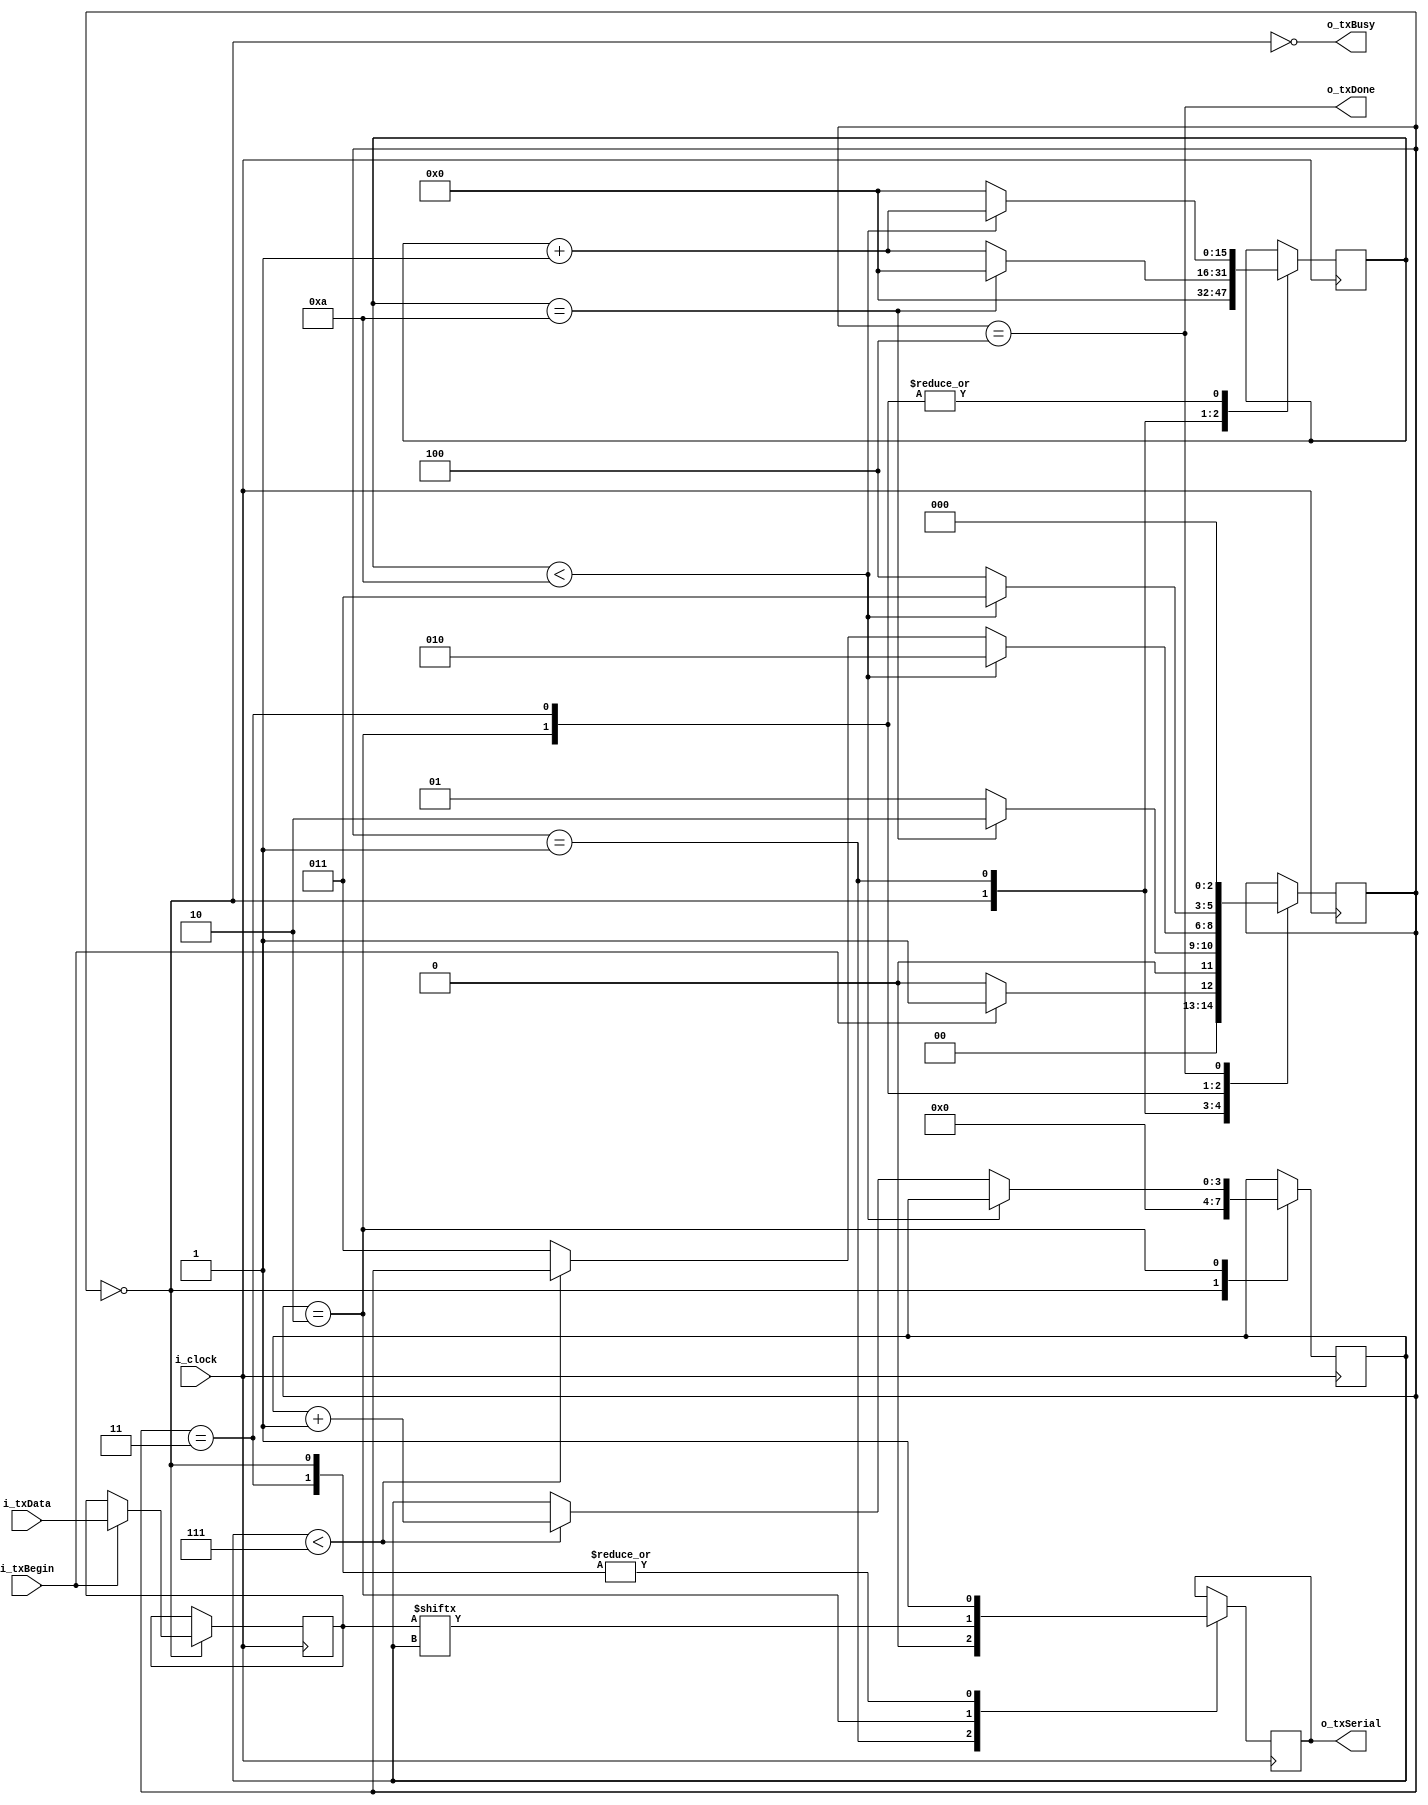
module uart_tx
(
	input			i_clock,
	input 			i_txBegin,
	input[7:0]		i_txData,
	output 			o_txBusy,
	output reg		o_txSerial,
	output 			o_txDone
);

parameter 		CLOCKS_PER_BIT = 10; 

//states for the state machine
parameter 		s_IDLE = 0;
parameter		s_STARTBIT = 1;
parameter 		s_DATABITS = 2;
parameter 		s_STOPBIT = 3;
parameter 		s_DONE = 4;

reg[3:0]		r_bitCounter = 0; //which bit we're currently sending
reg[7:0]		r_txData = 0; //copy txData to this in case i_txData gets altered during sending
reg[2:0]		r_state = s_IDLE; 
reg[15:0] 		r_clockCounter = 0;

assign o_txBusy = !(r_state == s_IDLE); 
assign o_txDone = (r_state == s_DONE);
 
always @ (posedge i_clock)
begin
	case (r_state)
		s_IDLE:
		begin
			o_txSerial <= 1;
			r_bitCounter <= 0;
			r_clockCounter <= 0;
			if(i_txBegin == 1) //we have valid data to start sending
			begin
				r_txData <= i_txData; //copy input data to local copy in case it's edited externally
				r_state <= s_STARTBIT;
			end
			else
				r_state <= s_IDLE;
		end //case s_IDLE
		
		s_STARTBIT:
		begin
			o_txSerial <= 0;
			if(r_clockCounter == CLOCKS_PER_BIT)
			begin
				r_state <= s_DATABITS;
				r_clockCounter <= 0;
			end
			else
			begin
				r_state <= s_STARTBIT;
				r_clockCounter <= r_clockCounter + 1;
			end
		end //case s_STARTBIT
		
		s_DATABITS:
		begin
			o_txSerial <= r_txData[r_bitCounter];
			if(r_clockCounter < CLOCKS_PER_BIT)
			begin
				//Wait until time for next bit
				r_state <= s_DATABITS;
				r_clockCounter <= r_clockCounter + 1;
			end
			else
			begin
				//we are done sending current bit
				if(r_bitCounter < 7)
				begin
					//send next bit
					r_bitCounter <= r_bitCounter + 1;
					r_clockCounter <= 0;
				end
				else
				begin
					//we have sent all our data
					r_state <= s_STOPBIT;
					r_clockCounter <= 0;
				end
			end			
		end //case s_DATABITS
		
		s_STOPBIT:
		begin
			o_txSerial <= 1; //Stop bit for UART is a 1
			if(r_clockCounter < CLOCKS_PER_BIT) 
			begin
				r_state <= s_STOPBIT;
				r_clockCounter <= r_clockCounter + 1;
			end
			else
			begin
				r_state <= s_DONE;
				r_clockCounter <= 0;
			end
		end //case s_STOPBIT
		
		s_DONE:
		begin
			//1 cycle delay in which o_txDone is high (set in assign statement at top)
			r_state <= s_IDLE;
		end //case s_DONE
		
	endcase
end 	

endmodule